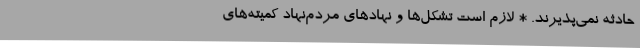
حادثه نمی‌پذیرند. * لازم است تشکل‌ها و نهادهای مردم‌نهاد کمیته‌های